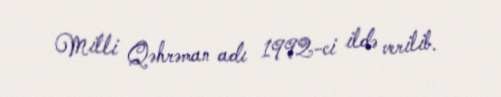
Milli Qəhrəman adı 1992-ci ildə verilib.